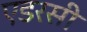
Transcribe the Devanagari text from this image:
एडरसी